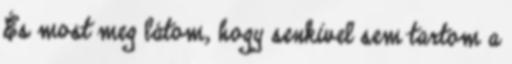
És most meg látom, hogy senkivel sem tartom a